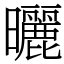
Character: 曬